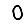
Digit: 0